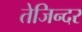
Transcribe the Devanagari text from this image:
तेजिन्दर